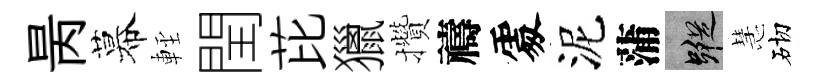
昺幕䡖閏芘獵攢禱𠁅泥蒲蹤慧砌